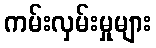
ကမ်းလှမ်းမှုများ